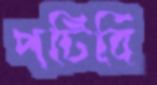
পটিবি